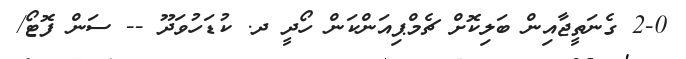
2-0 ގެނަތީޖާއިން ބަލިކޮށް ޗެމްޕިއަންކަން ހޯދީ ދ. ކުޑަހުވަދޫ -- ސަން ފޮޓޯ/